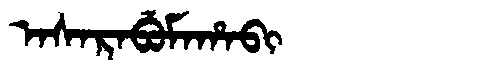
Manchu: ᠠᠰᠠᡵᠠᠪᡠᠮᠠᡥᠠᠪᡳ
Romanization: ASARABUMAHABI